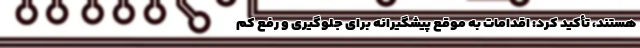
هستند، تأکید کرد: اقدامات به موقع پیشگیرانه برای جلوگیری و رفع کم